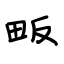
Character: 畈